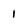
Character: 1